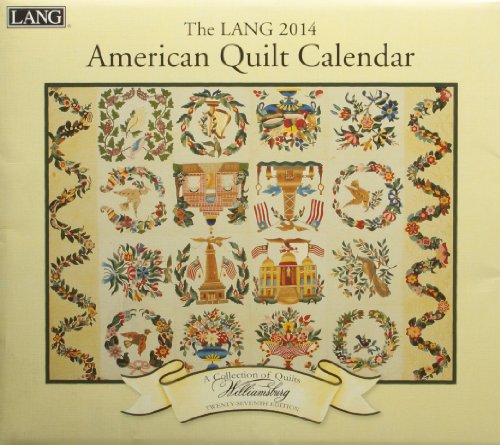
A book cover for The Lang American Quilt 2014 Calendar; Calendars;